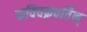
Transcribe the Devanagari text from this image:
कविचक्रवर्तिन्